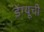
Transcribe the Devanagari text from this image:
डेंग्यूची